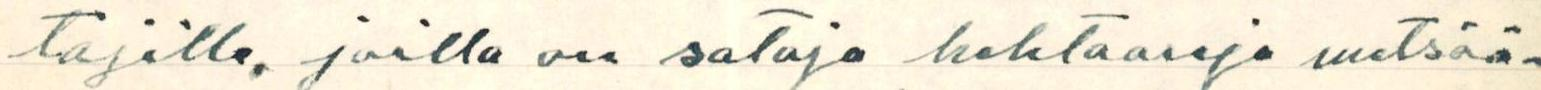
tajilla, joilla on  satoja hehtaareja metsää-